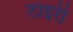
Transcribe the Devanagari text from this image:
टाइरी